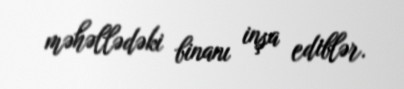
məhəllədəki binanı inşa ediblər.